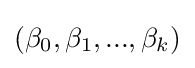
(\beta _{0},\beta _{1},...,\beta _{k})